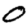
Digit: 0